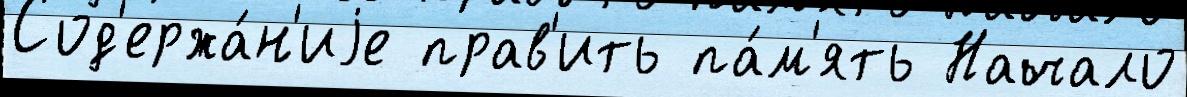
Сод'ержа́н'иjе прав'ить па́м'ять Начало